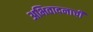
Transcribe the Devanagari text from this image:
अभिवादनाची